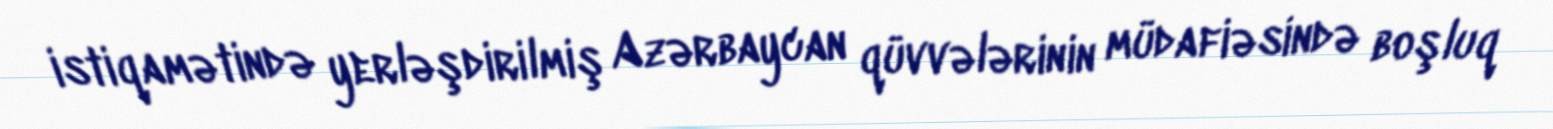
istiqamətində yerləşdirilmiş Azərbaycan qüvvələrinin müdafiəsində boşluq